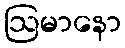
ဩမာနော